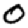
Digit: 0